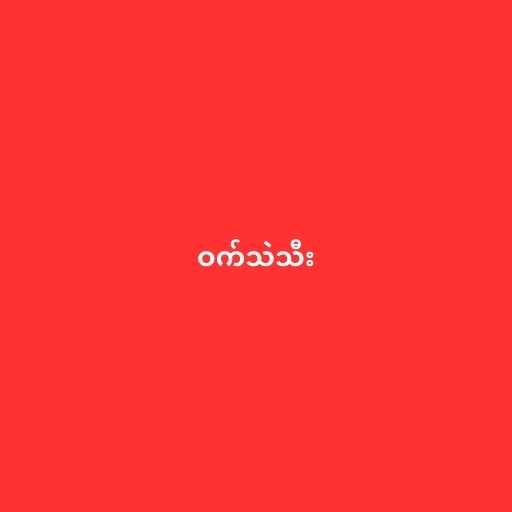
ဝက်သဲသီး